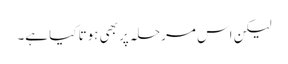
لیکن اس مرحلہ پر بھی ہوتا کیا ہے۔